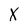
Character: K